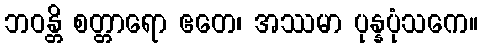
ဘဝန္တိ စတ္တာရော ဧတေ၊ အဿမာ ပုန္နပုံသကေ။